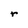
Character: r